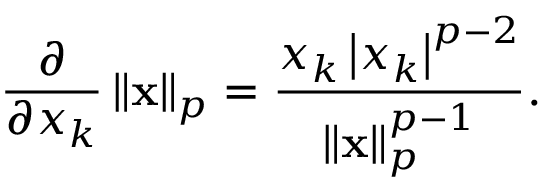
{ \frac { \partial } { \partial x _ { k } } } \left\| \mathbf { x } \right\| _ { p } = { \frac { x _ { k } \left| x _ { k } \right| ^ { p - 2 } } { \left\| \mathbf { x } \right\| _ { p } ^ { p - 1 } } } .